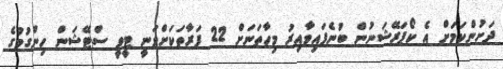
ދަށުންކަމަށް އެ ކޯޕަރޭޝަނުން ބުނެފައިވާއިރު މިހާތަނަށް 22 ފަރާތަކަށްވަނީ ޓީވީ ސްޓޭޝަން ހިންގުމުގެ